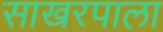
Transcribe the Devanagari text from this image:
साखरपाला